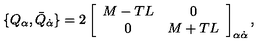
\{ Q _ { \alpha } , \bar { Q } _ { \dot { \alpha } } \} = 2 \left[ \begin{array} { c c } { M - T L } & { 0 } \\ { 0 } & { M + T L } \\ \end{array} \right] _ { \alpha \dot { \alpha } } ,